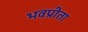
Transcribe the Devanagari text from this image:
भवप्रीता